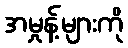
အမှုန့်များကို